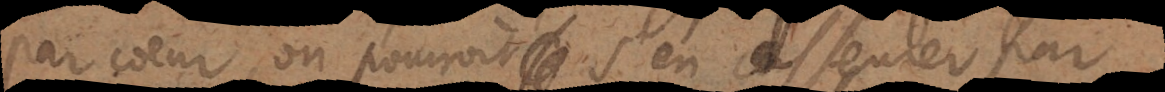
par coeur, on pourroit s’en asseurer par